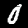
Label: 0